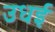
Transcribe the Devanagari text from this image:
उधई